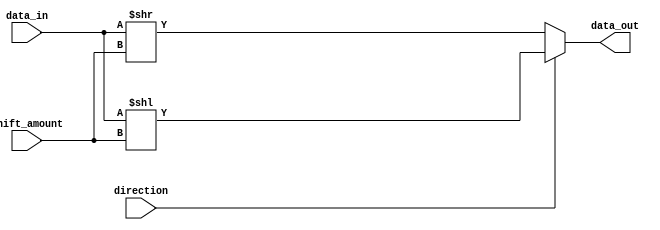
module CircularBarrelShifter (
  input wire [7:0] data_in,
  input wire [2:0] shift_amount,
  input wire direction, // 0 for right shift, 1 for left shift
  output reg [7:0] data_out
);

always @(*) begin
  if (direction == 1) begin // Left Shift
    data_out = data_in << shift_amount;
  end else begin // Right Shift
    data_out = data_in >> shift_amount;
  end
end

endmodule